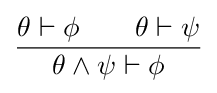
{\frac {\theta \vdash \phi \quad \quad \theta \vdash \psi }{\theta \wedge \psi \vdash \phi }}